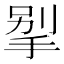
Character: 𰓲